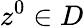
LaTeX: z^{0}\in D